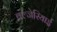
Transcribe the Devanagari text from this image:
बल्जेरियाई